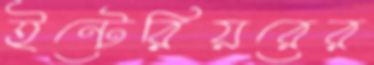
ইন্টেরিয়রের